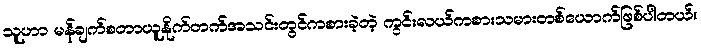
သူဟာ မန်ချက်စတာယူနိုက်တက်အသင်းတွင်ကစားခဲ့တဲ့ ကွင်းလယ်ကစားသမားတစ်ယောက်ဖြစ်ပါတယ်။